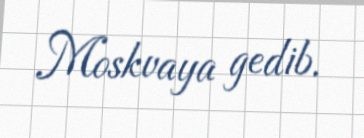
Moskvaya gedib.